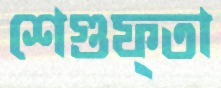
শেগুফ্তা